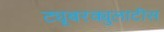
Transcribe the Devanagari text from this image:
ट्यूबरक्युलाटीस